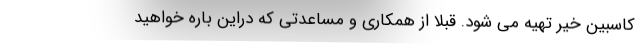
کاسبین خیر تهیه می شود. قبلا از همکاری و مساعدتی که دراین باره خواهید